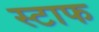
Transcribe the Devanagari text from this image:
स्टाफ